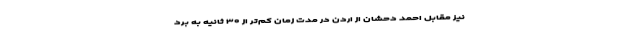
نیز مقابل احمد دحشان از اردن در مدت زمان کم‌تر از ۳۰ ثانیه به برد